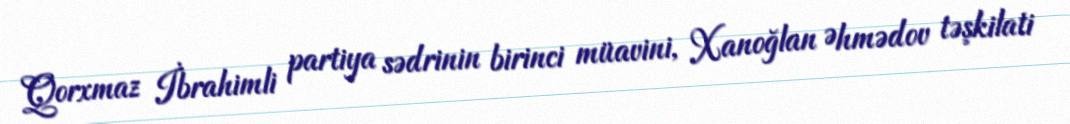
Qorxmaz İbrahimli partiya sədrinin birinci müavini, Xanoğlan Əhmədov təşkilati